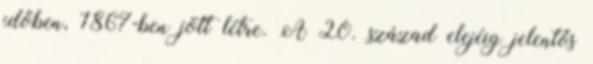
időben, 1867-ben jött létre. A 20. század elejéig jelentős